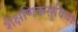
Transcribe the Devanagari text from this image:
शैक्षणिकसुविधा